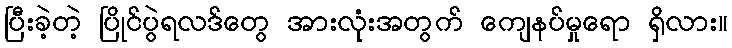
ပြီးခဲ့တဲ့ ပြိုင်ပွဲရလဒ်တွေ အားလုံးအတွက် ကျေနပ်မှုရော ရှိလား။